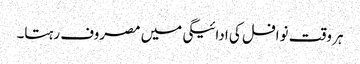
ہر وقت نوافل کی ادائیگی میں مصروف رہتا۔